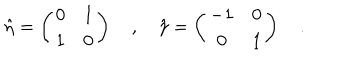
\hat { \eta } = \left( \begin{matrix} { { 0 } } & { { 1 } } \\ { { 1 } } & { { 0 } } \\ \end{matrix} \right) \quad , \quad \hat { \gamma } = \left( \begin{matrix} { { - 1 } } & { { 0 } } \\ { { 0 } } & { { 1 } } \\ \end{matrix} \right) \quad .